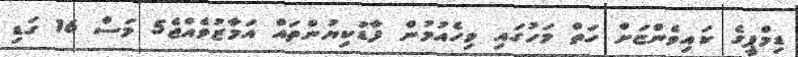
ޑިމްޕީގެ ކައިވެންޏަށް ހަތް މަހުގައި ވިހެއުމުން ފާޑުކިޔުންތައް އަމާޒުވެއްޖެ5 މަސް 16 ގަޑި